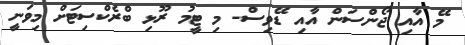
މޭ އާއި ޖޯންސަން އާއި ޑޭވިސް- މި ޓީމު ރޫޅި ބްރެކްސިޓަށް މިވަނީ